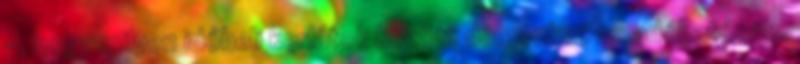
-, hogy milyen időbeli korlátok között dolgozhat az adóhatóság.